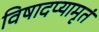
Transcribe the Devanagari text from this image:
विषादप्यामृतं